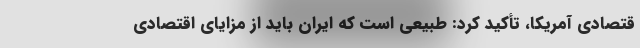
قتصادی آمریکا، تأکید کرد: طبیعی است که ایران باید از مزایای اقتصادی